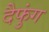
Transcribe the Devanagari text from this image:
दैफुंग